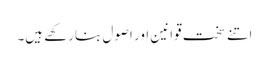
اتنے سخت قوانین اور اصول بنارکھے ہیں۔